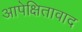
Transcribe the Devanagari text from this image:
आपेक्षितावाद